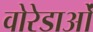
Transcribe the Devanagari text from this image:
वोरेडाओं